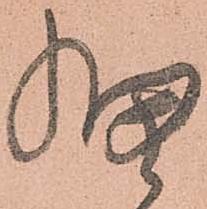
細